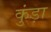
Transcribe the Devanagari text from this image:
कुंड़ा